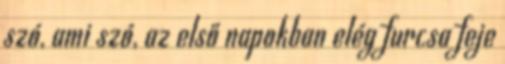
szó, ami szó, az első napokban elég furcsa feje